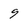
Character: 9